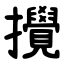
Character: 攪